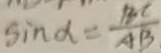
\sin \alpha = \frac { B C } { A B }